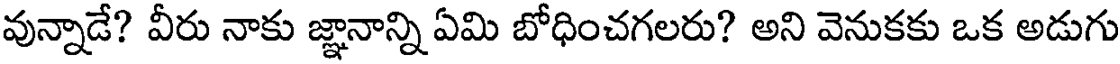
వున్నాడే? వీరు నాకు జ్ఞానాన్ని ఏమి బోధించగలరు? అని వెనుకకు ఒక అడుగు